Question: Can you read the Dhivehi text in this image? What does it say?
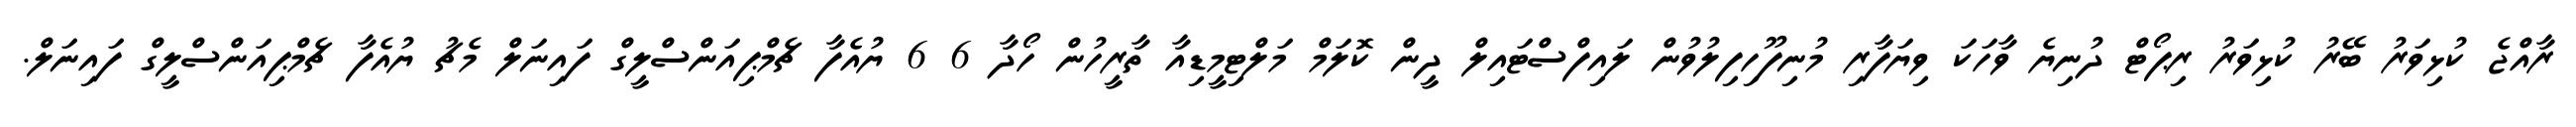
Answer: ރާއްޖެ ކުޅިވަރު ބޭރު ކުޅިވަރު ރިޕޯޓް ދުނިޔެ ވާހަކަ ވިޔަފާރި މުނިފޫހިފިލުވުން ލައިފްސްޓައިލް ދީން ކޮލަމް މަލްޓިމީޑިއާ ތާރީހުން ހޯދާ 6 6 ޔުއެފާ ޗެމްޕިއަންސްލީގް ފައިނަލް މެޗު ޔުއެފާ ޗެމްޕިއަންސްލީގް ފައިނަލް.